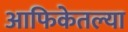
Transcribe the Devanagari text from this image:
आफिकेतल्या